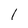
Character: 1